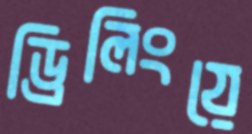
ড্রিলিংয়ে